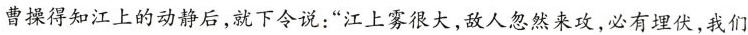
曹操得知江上的动静后，就下令说：”江上雾很大，敌人忽然来攻，必有埋伏，我们